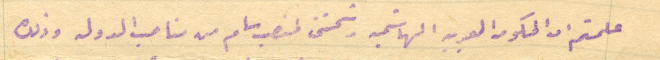
علمتم ان الحكومة العربية الهاشمية رشحتنى لمنصب من مناصب الدوله وذلك